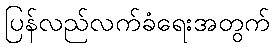
ပြန်လည်လက်ခံရေးအတွက်